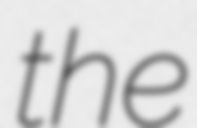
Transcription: the